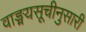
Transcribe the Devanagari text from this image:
वाङ्मयसूचीनुसारी